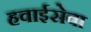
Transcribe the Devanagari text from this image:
हवाईसेवा